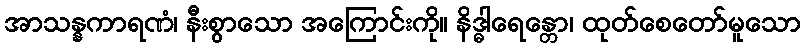
အာသန္နကာရဏံ၊ နီးစွာသော အကြောင်းကို။ နိဒ္ဓါရေန္တော၊ ထုတ်စေတော်မူသော